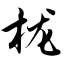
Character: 栊